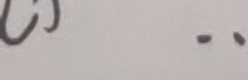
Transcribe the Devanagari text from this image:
को